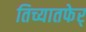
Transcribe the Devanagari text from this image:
तिच्यातफेर्